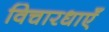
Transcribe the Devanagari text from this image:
विचारधाएँ